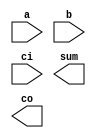
      module addbit (
      a,
      b,
      ci,
      sum,
      co);
      input           a;
      input           b;
      input           ci;
      output         sum;
      output         co;
      wire            a;
      wire            b;
      wire            ci;
      wire            sum;
      wire            co;

      endmodule